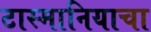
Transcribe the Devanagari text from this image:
टास्मानियाचा